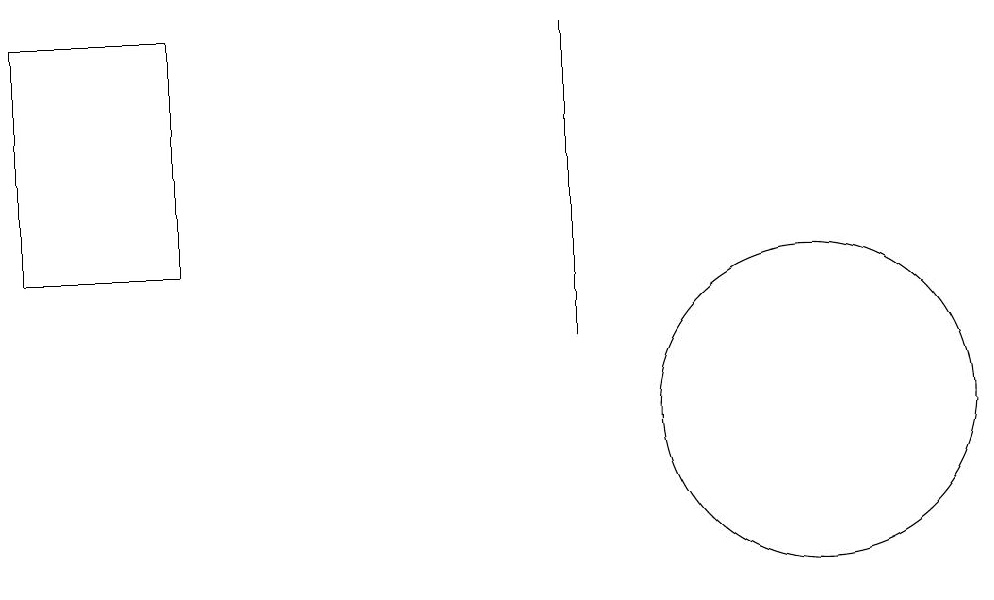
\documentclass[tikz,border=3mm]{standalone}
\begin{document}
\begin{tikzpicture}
\draw (0,12) rectangle (2,15);
\draw (10,10) circle (2);
\draw (7,15) rectangle (7,11);
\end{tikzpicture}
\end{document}